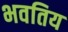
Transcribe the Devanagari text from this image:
भवतिय